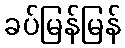
ခပ်မြန်မြန်